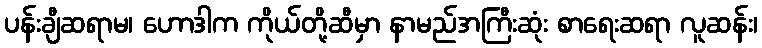
ပန်းချီဆရာမ၊ ဟောဒါက ကိုယ်တို့ဆီမှာ နာမည်အကြီးဆုံး စာရေးဆရာ လူဆန်း၊